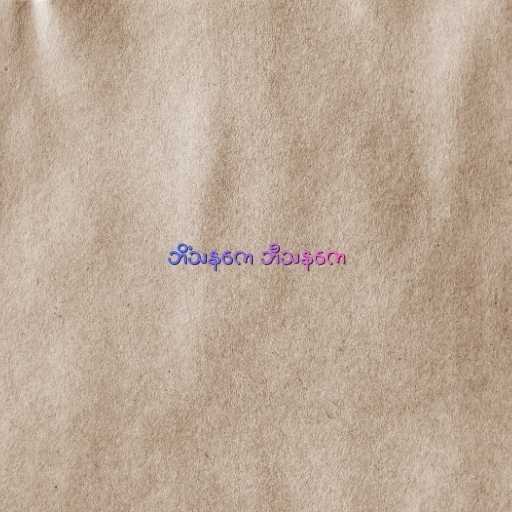
ဘိံသနကေ ဘီသနကေ